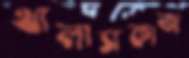
খালাসকাজ